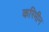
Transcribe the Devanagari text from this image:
करिमीन